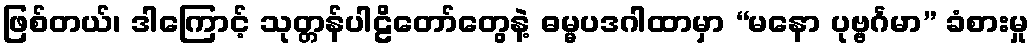
ဖြစ်တယ်၊ ဒါကြောင့် သုတ္တန်ပါဠိတော်တွေနဲ့ ဓမ္မပဒဂါထာမှာ “မနော ပုဗ္ဗင်္ဂမာ” ခံစားမှု